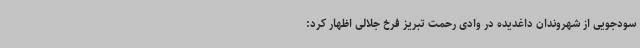
سودجویی از شهروندان داغدیده در وادی رحمت تبریز فرخ جلالی اظهار کرد: